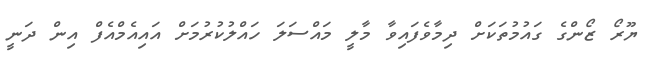
ޔޫރޯ ޒޯންގެ ގައުމުތަކަށް ދިމާވެފައިވާ މާލީ މައްސަލަ ހައްލުކުރުމަށް އައިއެމްއެފް އިން ދަނީ